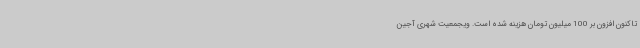
تاکنون افزون بر 100 میلیون تومان هزینه شده است. ویجمعیت شهری آجین